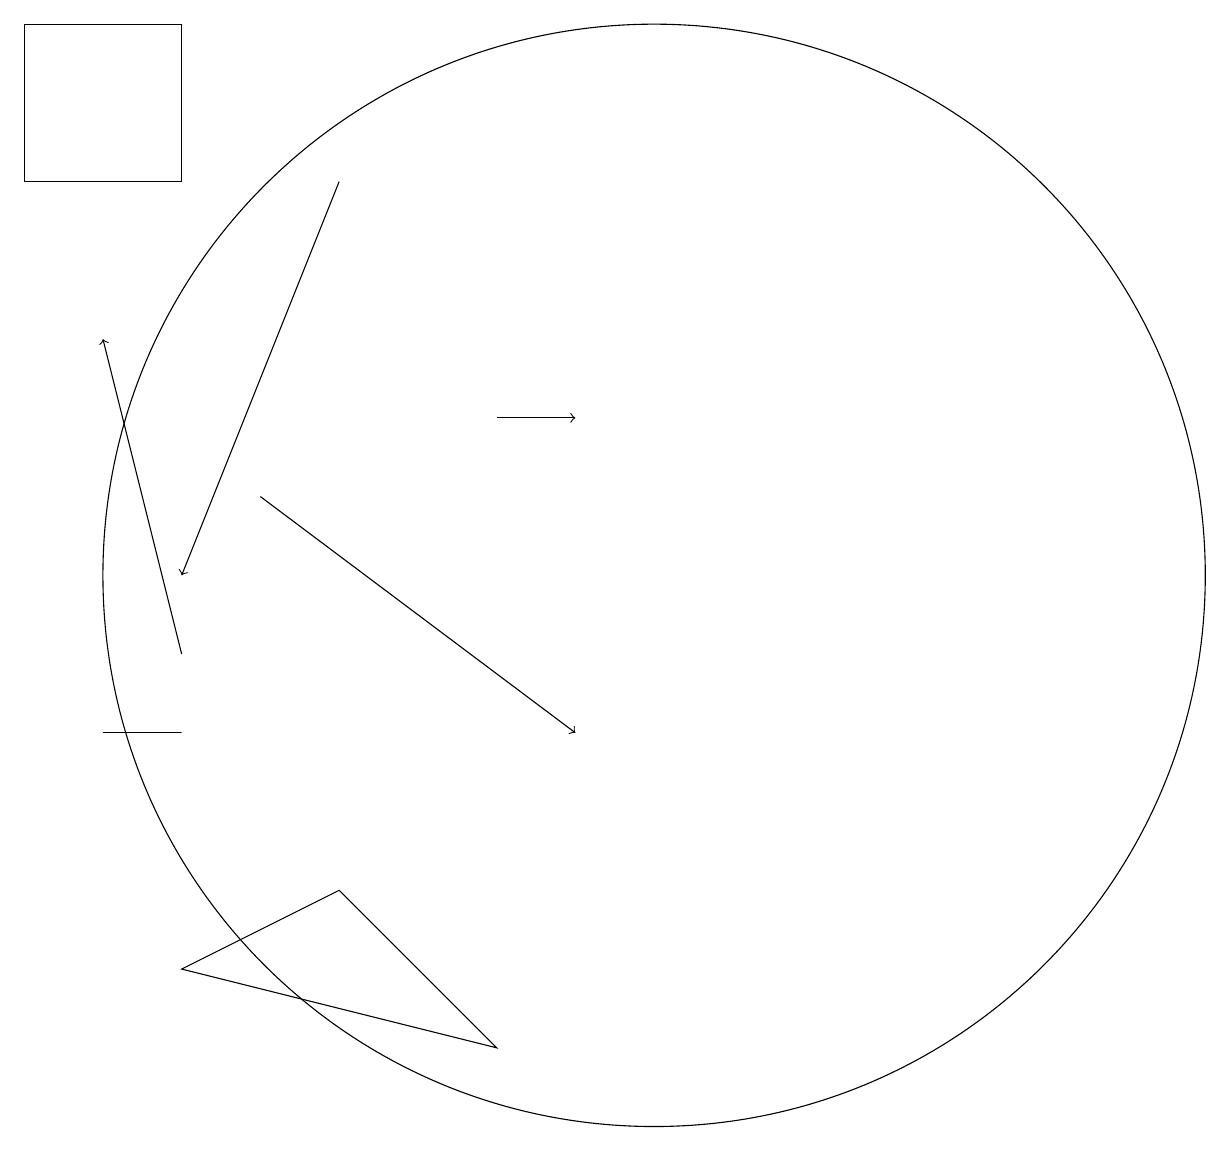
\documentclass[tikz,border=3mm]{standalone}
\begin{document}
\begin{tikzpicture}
\draw[->] (6,17) -- (4,12);
\draw[->] (8,14) -- (9,14);
\draw[->] (4,11) -- (3,15);
\draw[->] (5,13) -- (9,10);
\draw (2,17) rectangle (4,19);
\draw (4,10) rectangle (3,10);
\draw (10,12) circle (7);
\draw (6,8) -- (8,6) -- (4,7) -- cycle;
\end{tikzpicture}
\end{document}